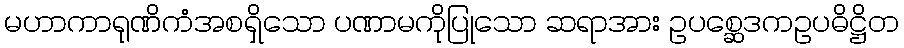
မဟာကာရုဏိကံအစရှိသော ပဏာမကိုပြုသော ဆရာအား ဥပစ္ဆေဒကဥပဓိဋ္ဌိတ